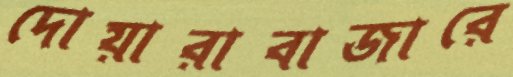
দোয়ারাবাজারে